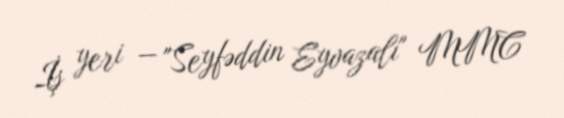
İş yeri — "Seyfəddin Eyvazalı" MMC